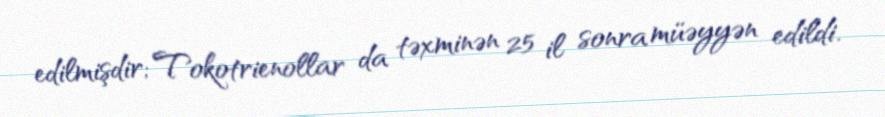
edilmişdir; Tokotrienollar da təxminən 25 il sonra müəyyən edildi.